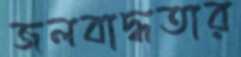
জলবাদ্ধতার